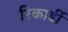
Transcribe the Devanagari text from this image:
रिकार्डी